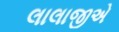
લાલાજીએ